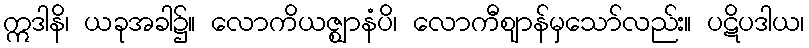
ဣဒါနိ၊ ယခုအခါ၌။ လောကိယဇ္ဈာနံပိ၊ လောကီဈာန်မှသော်လည်း။ ပဋိပဒါယ၊